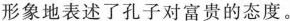
形象地表述了孔子对富贵的态度。